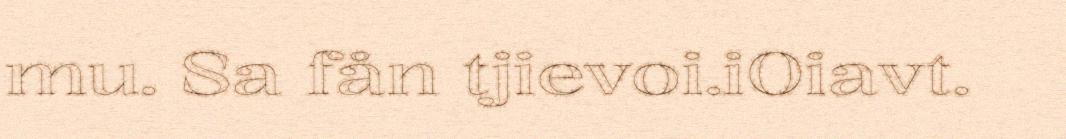
mu. Sa fån tjievoi.iOiavt.